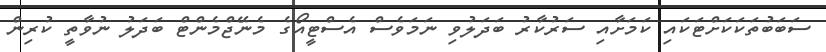
ސަބަބުތަކަކަށްޓަކައި ކަމަށާއި ސަރުކާރު ބަދަލުވި ނަމަވެސް އެސްޓީއޯގެ މެނޭޖްމެންޓް ބަދަލު ނުވާތީ ކުރިން